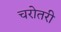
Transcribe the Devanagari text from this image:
चरोतरी